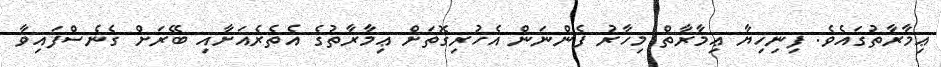
ޢިމާރާތުގައެވެ. ފިނިހިޔާ ޢިމާރާތް މިހާރު ފެންނަން އެހުރިގޮތަށް ޢިމާރާތުގެ އެތެރެއަށާއި ބޭރަށް ގެނެސްފައިވާ